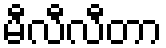
မီလီလီတာ